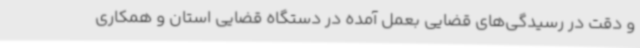
و دقت در رسیدگی‌های قضایی بعمل آمده در دستگاه قضایی استان و همکاری